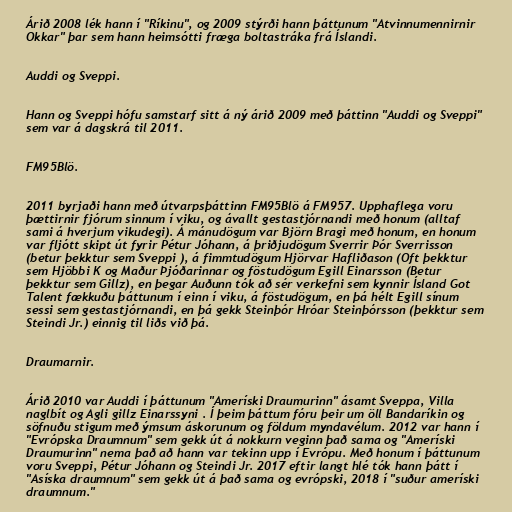
Árið 2008 lék hann í "Ríkinu", og 2009 stýrði hann þáttunum "Atvinnumennirnir
Okkar" þar sem hann heimsótti fræga boltastráka frá Íslandi.

Auddi og Sveppi.

Hann og Sveppi hófu samstarf sitt á ný árið 2009 með þáttinn "Auddi og Sveppi"
sem var á dagskrá til 2011.

FM95Blö.

2011 byrjaði hann með útvarpsþáttinn FM95Blö á FM957. Upphaflega voru
þættirnir fjórum sinnum í viku, og ávallt gestastjórnandi með honum (alltaf
sami á hverjum vikudegi). Á mánudögum var Björn Bragi með honum, en honum
var fljótt skipt út fyrir Pétur Jóhann, á þriðjudögum Sverrir Þór Sverrisson
(betur þekktur sem Sveppi ), á fimmtudögum Hjörvar Hafliðason (Oft þekktur
sem Hjöbbi K og Maður Þjóðarinnar og föstudögum Egill Einarsson (Betur
þekktur sem Gillz), en þegar Auðunn tók að sér verkefni sem kynnir Ísland Got
Talent fækkuðu þáttunum í einn í viku, á föstudögum, en þá hélt Egill sínum
sessi sem gestastjórnandi, en þá gekk Steinþór Hróar Steinþórsson (þekktur sem
Steindi Jr.) einnig til liðs við þá.

Draumarnir.

Árið 2010 var Auddi í þáttunum "Ameríski Draumurinn" ásamt Sveppa, Villa
naglbít og Agli gillz Einarssyni . Í þeim þáttum fóru þeir um öll Bandaríkin og
söfnuðu stigum með ýmsum áskorunum og földum myndavélum. 2012 var hann í
"Evrópska Draumnum" sem gekk út á nokkurn veginn það sama og "Ameríski
Draumurinn" nema það að hann var tekinn upp í Evrópu. Með honum í þáttunum
voru Sveppi, Pétur Jóhann og Steindi Jr. 2017 eftir langt hlé tók hann þátt í
"Asíska draumnum" sem gekk út á það sama og evrópski, 2018 í "suður ameríski
draumnum."